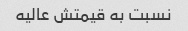
نسبت به قیمتش عالیه